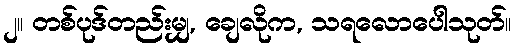
၂။ တစ်ပုဒ်တည်းမျှ, ချေလိုက, သရလောပေါသုတ်။